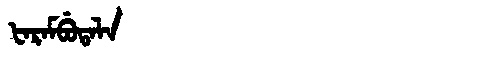
Manchu: ᡶᠠᡵᠠᠮᠪᡠᡨᠠᠯᠠ
Romanization: FARAMBUTALA